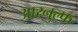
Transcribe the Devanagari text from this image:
आरनुल्फ